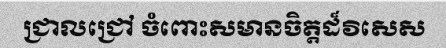
ជ្រាលជ្រៅ ចំពោះសមានចិត្តដ៏វិសេស